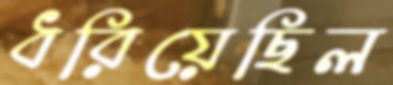
ধরিয়েছিল